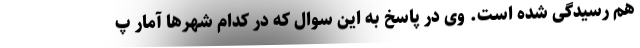
هم رسیدگی شده است. وی در پاسخ به این سوال که در کدام شهرها آمار پ